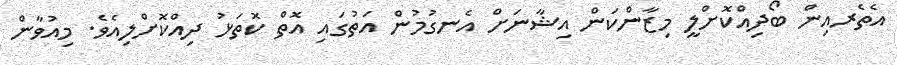
އެތެރއިން ބޯދިއްކޮށްލީ މިޒާންކަން އިޝާނަށް އެނގުމުން އަތުގައި އޮތް ކޮތަޅު ދިއްކޮށްލިއެވެ. މިއުވާން